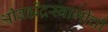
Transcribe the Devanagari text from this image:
श्रीब्रह्मेंद्रस्वामींची